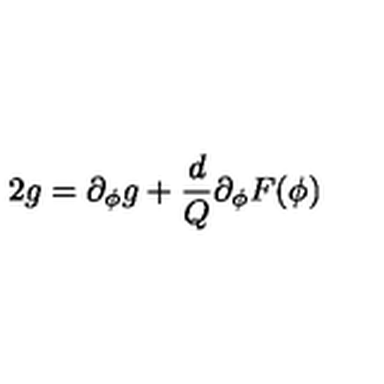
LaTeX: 2 g = \partial _ { \phi } g + { \frac { d } { Q } } \partial _ { \phi } F ( \phi )